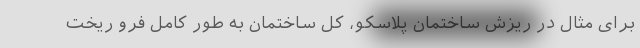
برای مثال در ریزش ساختمان پلاسکو، کل ساختمان به طور کامل فرو ریخت